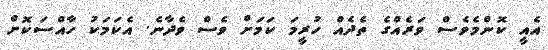
އެއީ ކޮންމެވެސް ވަރެއްގެ ތެދެއް ހުރީމަ ކަމަށް ވެސް ވެދާނެ. އެކަމަކު ހާއްސަކޮށް